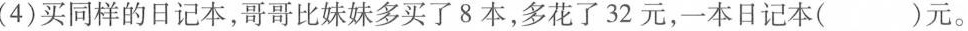
(4)买同样的日记本，哥哥比妹妹多买了8本，多花了32元，一本日记本()元。